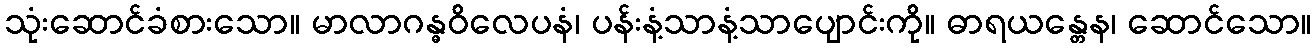
သုံးဆောင်ခံစားသော။ မာလာဂန္ဓဝိလေပနံ၊ ပန်းနံ့သာနံ့သာပျောင်းကို။ ဓာရယန္တေန၊ ဆောင်သော။